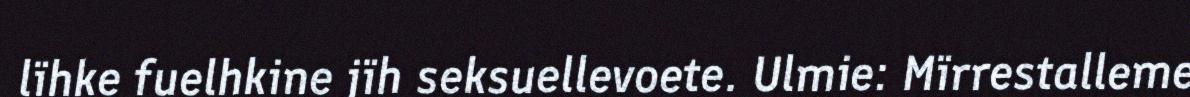
lïhke fuelhkine jïh seksuellevoete. Ulmie: Mïrrestalleme